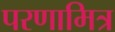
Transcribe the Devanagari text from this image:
परणामित्र